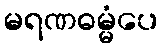
မရဏဓမ္မံပေ